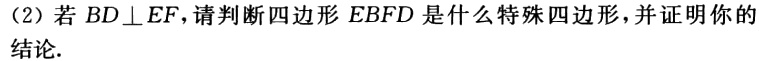
(2) 若 \(BD\perp EF\)，请判断四边形 \(EBFD\) 是什么特殊四边形，并证明你的结论.